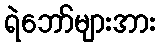
ရဲဘော်များအား